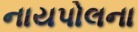
નાયપોલના